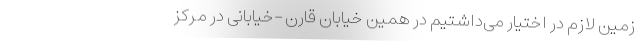
زمین لازم در اختیار می‌داشتیم در همین خیابان قارن –خیابانی در مرکز